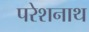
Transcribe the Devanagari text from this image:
परेशनाथ